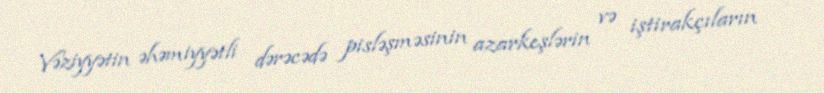
Vəziyyətin əhəmiyyətli dərəcədə pisləşməsinin azarkeşlərin və iştirakçıların